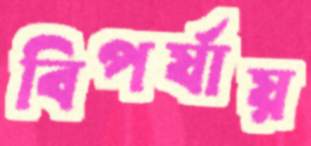
বিপর্যায়